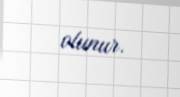
olunur.